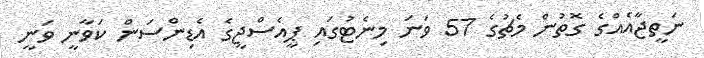
ނަތީޖާއެއްގެ ގޮތުން މެޗުގެ 57 ވަނަ މިނެޓުގައި ޕީއެސްޖީގެ އެޑިންސަން ކަވާނީ ވަނީ